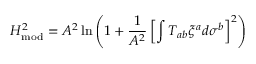
H _ { \mathrm { m o d } } ^ { 2 } = A ^ { 2 } \ln \left( 1 + { \frac { 1 } { A ^ { 2 } } } \left[ \int T _ { a b } \xi ^ { a } d \sigma ^ { b } \right] ^ { 2 } \right)